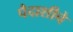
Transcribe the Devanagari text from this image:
पैदाशीचे